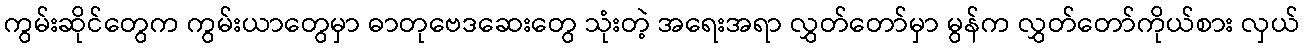
ကွမ်းဆိုင်တွေက ကွမ်းယာတွေမှာ ဓာတုဗေဒဆေးတွေ သုံးတဲ့ အရေးအရာ လွှတ်တော်မှာ မွန်က လွှတ်တော်ကိုယ်စား လှယ်